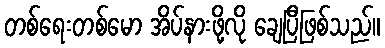
တစ်ရေးတစ်မော အိပ်နားဖို့လို ချေပြီဖြစ်သည်။